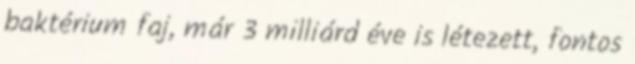
baktérium faj, már 3 milliárd éve is létezett, fontos